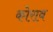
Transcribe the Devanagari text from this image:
कोराब